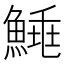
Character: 𩹣